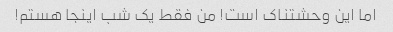
اما این وحشتناک است! من فقط یک شب اینجا هستم!